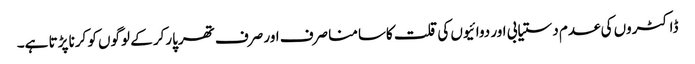
ڈاکٹروں کی عدم دستیابی اور دوائیوں کی قلت کاسامنا صرف اور صرف تھرپارکر کے لوگوں کو کرنا پڑتا ہے۔